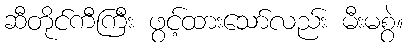
ဆီတိုင်ကီကြီး ဖွင့်ထားသော်လည်း မီးမစွဲ။